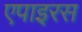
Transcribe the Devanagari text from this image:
एपाइरस